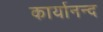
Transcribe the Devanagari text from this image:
कार्यानन्द